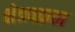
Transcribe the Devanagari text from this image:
क्षेत्रवक्रता